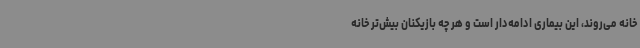
خانه می‌روند، این بیماری ادامه‌دار است و هر چه بازیکنان بیش‌تر خانه